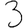
Digit: 3